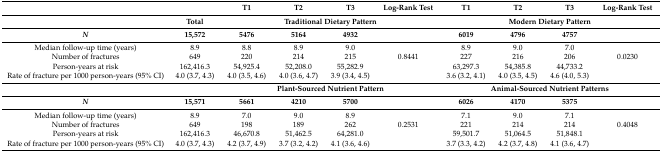
<table><thead><tr><td></td><td></td><td><b>T1</b></td><td><b>T2</b></td><td><b>T3</b></td><td><b>Log-Rank Test</b></td><td><b>T1</b></td><td><b>T2</b></td><td><b>T3</b></td><td><b>Log-Rank Test</b></td></tr></thead><tbody><tr><td></td><td><b>Total</b></td><td colspan="4"><b>Traditional Dietary Pattern</b></td><td colspan="4"><b>Modern Dietary Pattern</b></td></tr><tr><td><b><i>N</i></b></td><td><b>15,572</b></td><td><b>5476</b></td><td><b>5164</b></td><td><b>4932</b></td><td></td><td><b>6019</b></td><td><b>4796</b></td><td><b>4757</b></td><td></td></tr><tr><td>Median follow-up time (years)</td><td>8.9</td><td>8.8</td><td>8.9</td><td>9.0</td><td></td><td>8.9</td><td>9.0</td><td>7.0</td><td></td></tr><tr><td>Number of fractures</td><td>649</td><td>220</td><td>214</td><td>215</td><td>0.8441</td><td>227</td><td>216</td><td>206</td><td>0.0230</td></tr><tr><td>Person-years at risk</td><td>162,416.3</td><td>54,925.4</td><td>52,208.0</td><td>55,282.9</td><td></td><td>63,297.3</td><td>54,385.8</td><td>44,733.2</td><td></td></tr><tr><td>Rate of fracture per 1000 person-years (95% CI)</td><td>4.0 (3.7, 4.3)</td><td>4.0 (3.5, 4.6)</td><td>4.0 (3.6, 4.7)</td><td>3.9 (3.4, 4.5)</td><td></td><td>3.6 (3.2, 4.1)</td><td>4.0 (3.5, 4.5)</td><td>4.6 (4.0, 5.3)</td><td></td></tr><tr><td></td><td></td><td colspan="4"><b>Plant-Sourced Nutrient Pattern</b></td><td colspan="4"><b>Animal-Sourced Nutrient Patterns</b></td></tr><tr><td><b><i>N</i></b></td><td><b>15,571</b></td><td><b>5661</b></td><td><b>4210</b></td><td><b>5700</b></td><td></td><td><b>6026</b></td><td><b>4170</b></td><td><b>5375</b></td><td></td></tr><tr><td>Median follow-up time (years)</td><td>8.9</td><td>7.0</td><td>9.0</td><td>8.9</td><td></td><td>7.1</td><td>9.0</td><td>7.1</td><td></td></tr><tr><td>Number of fractures</td><td>649</td><td>198</td><td>189</td><td>262</td><td>0.2531</td><td>221</td><td>214</td><td>214</td><td>0.4048</td></tr><tr><td>Person-years at risk</td><td>162,416.3</td><td>46,670.8</td><td>51,462.5</td><td>64,281.0</td><td></td><td>59,501.7</td><td>51,064.5</td><td>51,848.1</td><td></td></tr><tr><td>Rate of fracture per 1000 person-years (95% CI)</td><td>4.0 (3.7, 4.3)</td><td>4.2 (3.7, 4.9)</td><td>3.7 (3.2, 4.2)</td><td>4.1 (3.6, 4.6)</td><td></td><td>3.7 (3.3, 4.2)</td><td>4.2 (3.7, 4.8)</td><td>4.1 (3.6, 4.7)</td><td></td></tr></tbody></table>